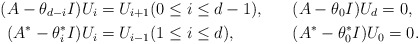
\begin{align*}&&(A-\theta_{d-i}I)U_i & = U_{i+1} (0 \leq i \leq d-1), && (A-\theta_0I)U_d = 0,&& \\&&(A^*-\theta^*_{i}I)U_i & = U_{i-1} (1 \leq i \leq d), && (A^*-\theta^*_0I)U_0 = 0.&&\end{align*}